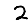
Digit: 2